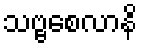
သဗ္ဗစေလာနိ